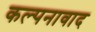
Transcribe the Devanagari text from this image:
कल्पनावाद